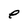
Character: e